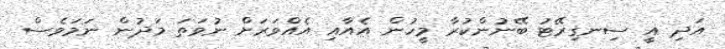
އަދި އީ ސިނގިރޭޓު ބޭނުންކުރާ މީހުން އެއާއި އެއްވަރަށް ނުވަތަ މަދުން ނަމަވެސް